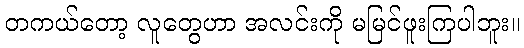
တကယ်တော့ လူတွေဟာ အလင်းကို မမြင်ဖူးကြပါဘူး။